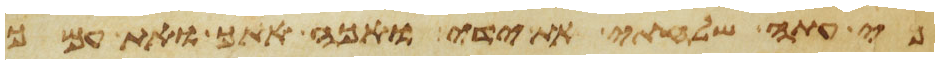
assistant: כי עתה שלחתי את ידי ואכה אתך ואת עמך